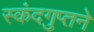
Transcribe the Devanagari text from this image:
स्कंदगुप्तने